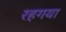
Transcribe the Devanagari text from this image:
रहगया